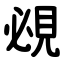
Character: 覕